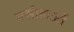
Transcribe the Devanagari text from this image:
मसीहाओं